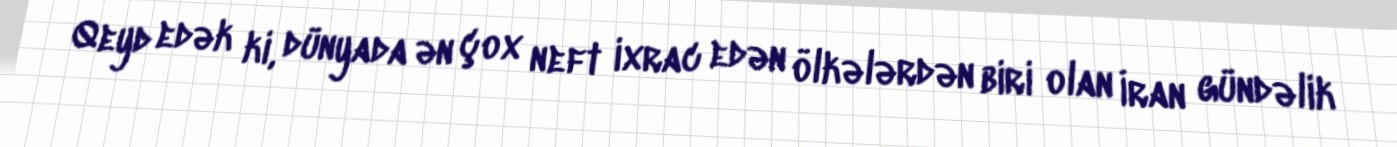
Qeyd edək ki, dünyada ən çox neft ixrac edən ölkələrdən biri olan İran gündəlik